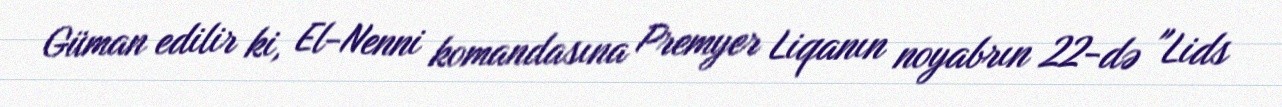
Güman edilir ki, El-Nenni komandasına Premyer Liqanın noyabrın 22-də "Lids